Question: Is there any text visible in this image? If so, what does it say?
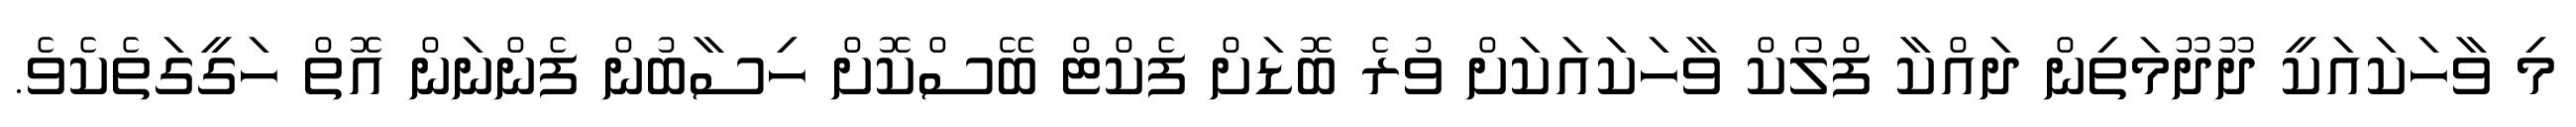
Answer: މި ވާހަކައަކީ ދޫދޫމަތިން ދައްކާ ފްލޯކް ވާހަކައަކަށް ވުރެ ބޮޑަށް ފެކްޓް ބޭސްކޮށް ހިސާބުން ފެންނަން އޮތް ހަގީގަތެކެވެ.